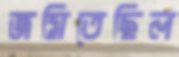
জমিতেছিল